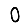
Digit: 0